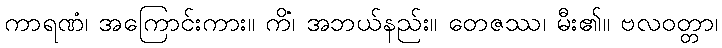
ကာရဏံ၊ အကြောင်းကား။ ကိံ၊ အဘယ်နည်း။ တေဇဿ၊ မီး၏။ ဗလဝတ္တာ၊